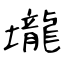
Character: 壠